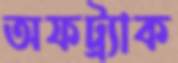
অফট্র্যাক